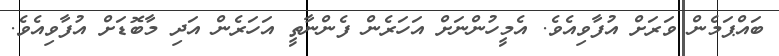
ބައްޕަމެން ވަރަށް އުފާވިއެވެ. އެމީހުންނަށް އަހަރެން ފެންނާތީ އަހަރެން އަދި މާބޮޑަށް އުފާވިއެވެ.